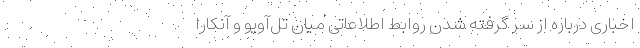
اخباری درباره از سر گرفته شدن روابط اطلاعاتی میان تل‌آویو و آنکارا